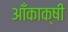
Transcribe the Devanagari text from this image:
आँकाक्षी